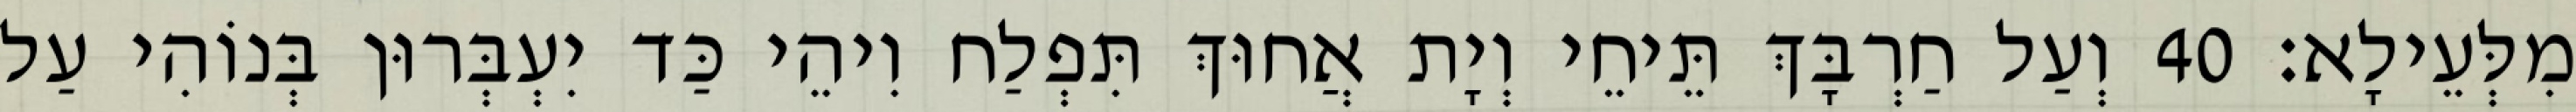
מִלְּעֵילָא׃ 40 וְעַל חַרְבָּךְ תֵּיחֵי וְיָת אֲחוּךְ תִּפְלַח וִיהֵי כַּד יִעְבְּרוּן בְּנוֹהִי עַל